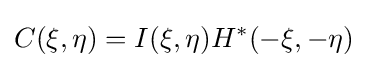
C(\xi ,\eta )=I(\xi ,\eta )H^{*}(-\xi ,-\eta )